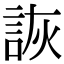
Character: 詼